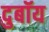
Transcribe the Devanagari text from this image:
दुबॉय